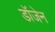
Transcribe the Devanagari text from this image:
डॉजेन